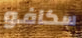
سكافو